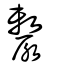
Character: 漦